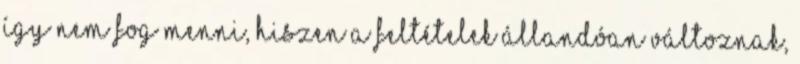
így nem fog menni, hiszen a feltételek állandóan változnak,